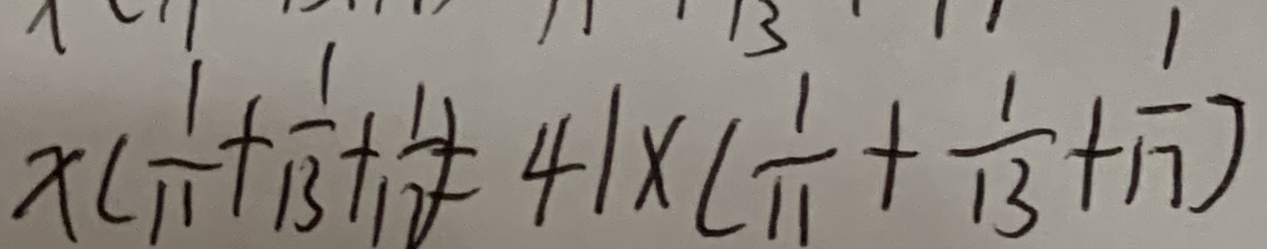
x ( \frac { 1 } { 1 1 } + \frac { 1 } { 1 3 } + \frac { 1 } { 1 1 } ) = 4 1 \times ( \frac { 1 } { 1 1 } + \frac { 1 } { 1 3 } + \frac { 1 } { 1 7 } )